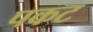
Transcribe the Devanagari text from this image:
पकट